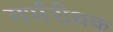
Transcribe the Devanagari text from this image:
गर्भरोधक